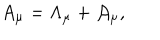
A _ { \mu } = \Lambda _ { \mu } + { \cal A } _ { \mu } ,